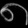
Digit: ၈